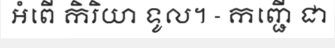
អំពើ កិរិយា ទូល។ - កញ្ជើ ជា